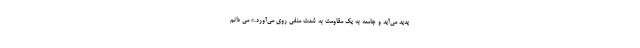
پدید می‌آید و جامعه به یک مقاومت به شدت منفی روی می‌آورد.» می دانم